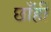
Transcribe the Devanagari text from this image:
छाँहीं